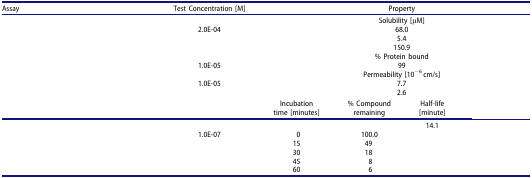
<table><thead><tr><td><b>Assay</b></td><td><b>Test Concentration [M]</b></td><td colspan="4"><b>Property</b></td></tr></thead><tbody><tr><td>[EMPTY_CELL]</td><td>[EMPTY_CELL]</td><td colspan="4">Solubility [μM]</td></tr><tr><td>[EMPTY_CELL]</td><td>2.0E-04</td><td colspan="4">68.0</td></tr><tr><td>[EMPTY_CELL]</td><td>[EMPTY_CELL]</td><td colspan="4">5.4</td></tr><tr><td>[EMPTY_CELL]</td><td>[EMPTY_CELL]</td><td colspan="4">150.9</td></tr><tr><td>[EMPTY_CELL]</td><td>[EMPTY_CELL]</td><td colspan="4">% Protein bound</td></tr><tr><td>[EMPTY_CELL]</td><td>1.0E-05</td><td colspan="4">99</td></tr><tr><td>[EMPTY_CELL]</td><td>[EMPTY_CELL]</td><td colspan="4">Permeability [10<sup>−6</sup> cm/s]</td></tr><tr><td>[EMPTY_CELL]</td><td rowspan="2">1.0E-05</td><td colspan="4">7.7</td></tr><tr><td>[EMPTY_CELL]</td><td colspan="4">2.6</td></tr><tr><td>[EMPTY_CELL]</td><td>[EMPTY_CELL]</td><td>Incubation time [minutes]</td><td>% Compound remaining</td><td>Half-life [minute]</td><td>[EMPTY_CELL]</td></tr><tr><td>[EMPTY_CELL]</td><td>[EMPTY_CELL]</td><td>[EMPTY_CELL]</td><td>[EMPTY_CELL]</td><td>14.1</td><td>[EMPTY_CELL]</td></tr><tr><td rowspan="5">[EMPTY_CELL]</td><td>1.0E-07</td><td>0</td><td>100.0</td><td>[EMPTY_CELL]</td><td>[EMPTY_CELL]</td></tr><tr><td>[EMPTY_CELL]</td><td>15</td><td>49</td><td>[EMPTY_CELL]</td><td>[EMPTY_CELL]</td></tr><tr><td>[EMPTY_CELL]</td><td>30</td><td>18</td><td>[EMPTY_CELL]</td><td>[EMPTY_CELL]</td></tr><tr><td>[EMPTY_CELL]</td><td>45</td><td>8</td><td>[EMPTY_CELL]</td><td>[EMPTY_CELL]</td></tr><tr><td>[EMPTY_CELL]</td><td>60</td><td>6</td><td>[EMPTY_CELL]</td><td>[EMPTY_CELL]</td></tr></tbody></table>